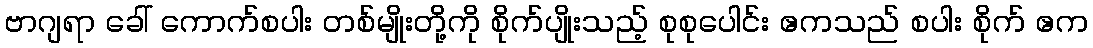
ဗာဂျရာ ခေါ် ကောက်စပါး တစ်မျိုးတို့ကို စိုက်ပျိုးသည့် စုစုပေါင်း ဧကသည် စပါး စိုက် ဧက